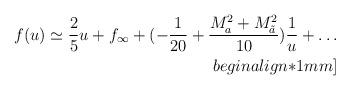
LaTeX: \begin{align*}f(u) \simeq \frac{2}{5} u +f_{\infty}+(-\frac{1}{20}+\frac{M_a^2+M_{\tilde{a}}^2}{10}) \frac{1}{u}+\ldots\\begin{align*}1mm]\end{align*}